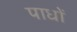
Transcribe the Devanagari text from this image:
पाधों